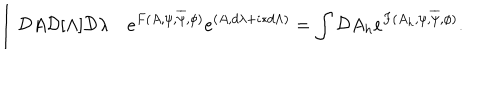
\int { \cal D } A { \cal D } [ \Lambda ] { \cal D } \lambda \quad e ^ { F ( A , \psi , \overline { { \psi } } , \phi ) } e ^ { ( A , d \lambda + i \ast d \Lambda ) } = \int { \cal D } A _ { h } e ^ { F ( A _ { h } , \psi , \overline { { \psi } } , \phi ) } .